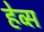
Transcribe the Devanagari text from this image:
हेव्स